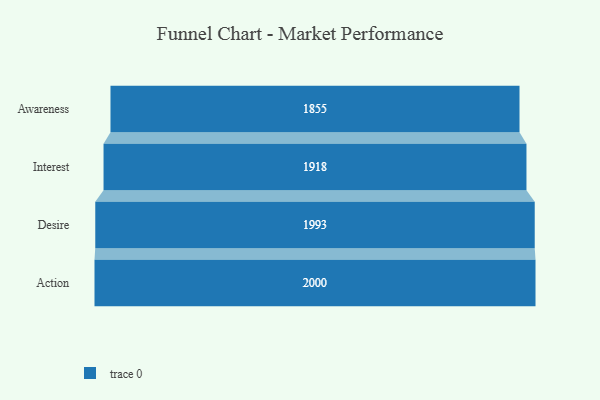
{"axis": {"x": "Stage", "y": "Value"}, "legend": [""], "data": [{"x": "Awareness", "y": 1855.0, "type": ""}, {"x": "Interest", "y": 1918.0, "type": ""}, {"x": "Desire", "y": 1993.0, "type": ""}, {"x": "Action", "y": 2000, "type": ""}]}